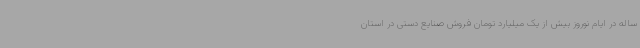
ساله در ایام نوروز بیش از یک میلیارد تومان فروش صنایع دستی در استان